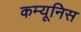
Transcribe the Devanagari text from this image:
कम्यूनिस